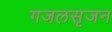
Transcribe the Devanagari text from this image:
गजलसृजन